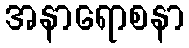
အနာရောစနာ